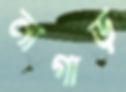
নাগাড়